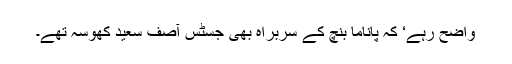
واضح رہے‘ کہ پاناما بنچ کے سربراہ بھی جسٹس آصف سعید کھوسہ تھے۔